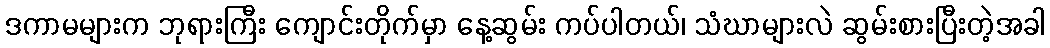
ဒကာမများက ဘုရားကြီး ကျောင်းတိုက်မှာ နေ့ဆွမ်း ကပ်ပါတယ်၊ သံဃာများလဲ ဆွမ်းစားပြီးတဲ့အခါ